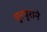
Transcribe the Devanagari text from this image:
घुरघुराने